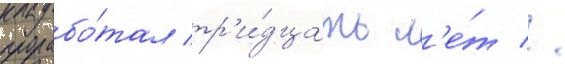
прорабо́тал тр'и́дцать л'е́т //